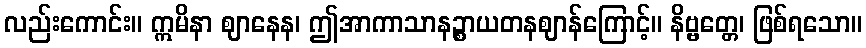
လည်းကောင်း။ ဣမိနာ ဈာနေန၊ ဤအာကာသာနဉ္စာယတနဈာန်ကြောင့်။ နိဗ္ဗတ္တေ၊ ဖြစ်ရသော။